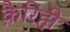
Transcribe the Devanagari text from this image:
क़ैरिही